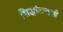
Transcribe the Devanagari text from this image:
सिद्धांतानाशी